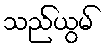
သည်ယွမ်